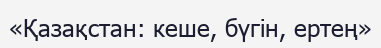
«Қазақстан: кеше, бүгін, ертең»